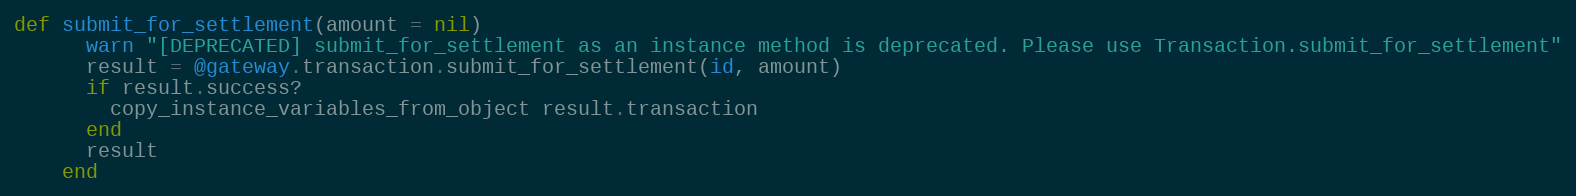
Language: Ruby
def submit_for_settlement(amount = nil)
      warn "[DEPRECATED] submit_for_settlement as an instance method is deprecated. Please use Transaction.submit_for_settlement"
      result = @gateway.transaction.submit_for_settlement(id, amount)
      if result.success?
        copy_instance_variables_from_object result.transaction
      end
      result
    end